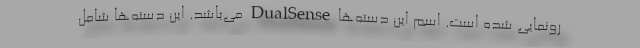
رونمایی شده است. اسم این دسته‌‌ها DualSense می‌باشد. این دسته‌ها شامل